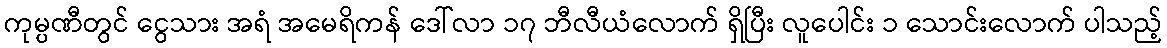
ကုမ္ပဏီတွင် ငွေသား အရံ အမေရိကန် ဒေါ်လာ ၁၇ ဘီလီယံလောက် ရှိပြီး လူပေါင်း ၁ သောင်းလောက် ပါသည့်